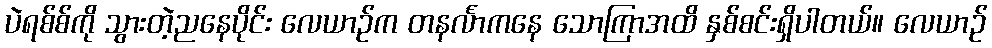
ပဲရစ်စ်ကို သွားတဲ့ညနေပိုင်း လေယာဉ်က တနင်္လာကနေ သောကြာအထိ နှစ်စင်းရှိပါတယ်။ လေယာဉ်